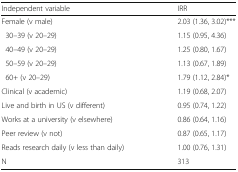
<table><thead><tr><td><b>Independent variable</b></td><td><b>IRR</b></td></tr></thead><tbody><tr><td>Female (v male)</td><td>2.03 (1.36, 3.02)***</td></tr><tr><td> 30–39 (v 20–29)</td><td>1.15 (0.95, 4.36)</td></tr><tr><td> 40–49 (v 20–29)</td><td>1.25 (0.80, 1.67)</td></tr><tr><td> 50–59 (v 20–29)</td><td>1.13 (0.67, 1.89)</td></tr><tr><td> 60+ (v 20–29)</td><td>1.79 (1.12, 2.84)*</td></tr><tr><td>Clinical (v academic)</td><td>1.19 (0.68, 2.07)</td></tr><tr><td>Live and birth in US (v different)</td><td>0.95 (0.74, 1.22)</td></tr><tr><td>Works at a university (v elsewhere)</td><td>0.86 (0.64, 1.16)</td></tr><tr><td>Peer review (v not)</td><td>0.87 (0.65, 1.17)</td></tr><tr><td>Reads research daily (v less than daily)</td><td>1.00 (0.76, 1.31)</td></tr><tr><td>N</td><td>313</td></tr></tbody></table>